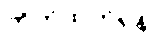
တိုက်ထုတ်ရန်